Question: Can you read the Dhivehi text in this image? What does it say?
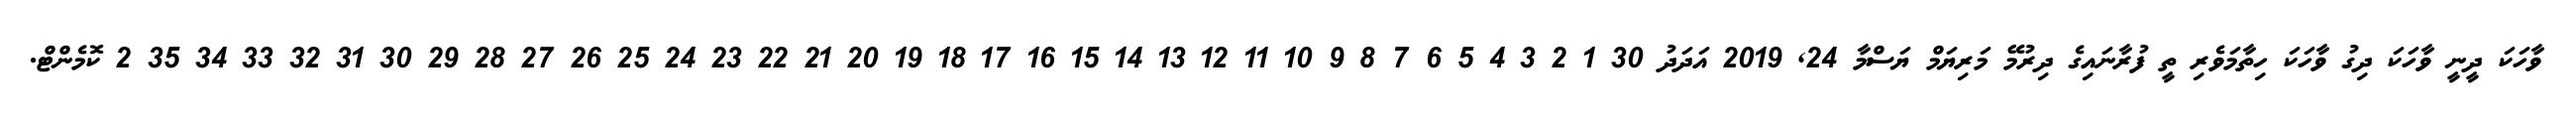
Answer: ވާހަކަ ދީނީ ވާހަކަ ދިގު ވާހަކަ ހިތާމަވެރި ތީ ފުރާނައިގެ ދިރުމޭ މަރިޔަމް ޔަސްމާ 24, 2019 އަދަދު 30 1 2 3 4 5 6 7 8 9 10 11 12 13 14 15 16 17 18 19 20 21 22 23 24 25 26 27 28 29 30 31 32 33 34 35 2 ކޮމެންޓް.